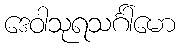
ဒေဝါသုရသင်္ဂါမော